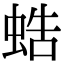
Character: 𧋓